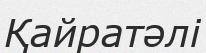
Қайратәлі